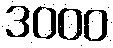
3000